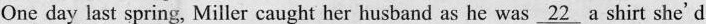
One day last spring, Miller caught her husband as he was \underline{22}a shirt she'd